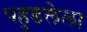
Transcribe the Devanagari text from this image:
पहुडलेला